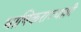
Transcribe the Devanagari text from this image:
भाषिकराज्यांशी